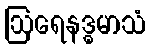
ဩရေနဒ္ဓမာသံ